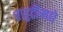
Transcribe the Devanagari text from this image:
राहुटीमधे